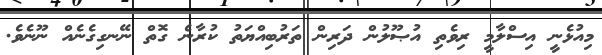
މިއުޅެނީ އިސްލާމީ ރިވެތި އުޞޫލުން ދަރިން ތަރުބިއްޔަތު ކުރާނެ ގޮތް ނޭނގިގެނެއް ނޫނެވެ.